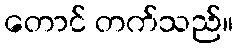
တောင် တက်သည်။